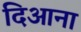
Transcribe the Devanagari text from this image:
दिआना